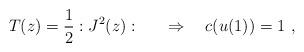
LaTeX: \begin{align*}T(z)={1\over 2}:J^2(z): \qquad \Rightarrow \quad c(u(1))=1\ , \end{align*}